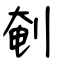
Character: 剦